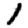
Digit: 1